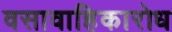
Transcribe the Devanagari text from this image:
वसावाहिकारोध